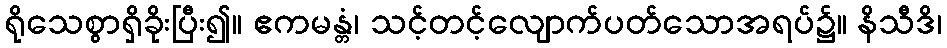
ရိုသေစွာရှိခိုးပြီး၍။ ဧကမန္တံ၊ သင့်တင့်လျောက်ပတ်သောအရပ်၌။ နိသီဒိ၊